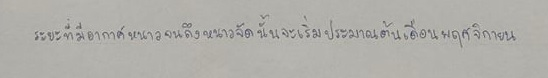
ระยะที่มีอากาศหนาวจนถึงหนาวจัดนั้นจะเริ่มประมาณต้นเดือนพฤศจิกายน